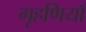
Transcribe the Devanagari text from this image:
गृहणियाँ